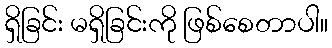
ရှိခြင်း မရှိခြင်းကို ဖြစ်စေတာပါ။